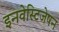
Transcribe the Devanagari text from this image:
इनवेस्टिजेषन